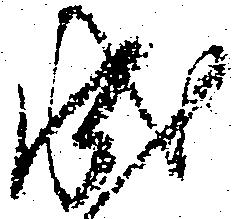
成